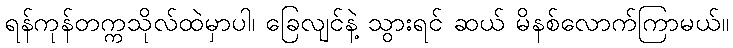
ရန်ကုန်တက္ကသိုလ်ထဲမှာပါ၊ ခြေလျင်နဲ့ သွားရင် ဆယ် မိနစ်လောက်ကြာမယ်။